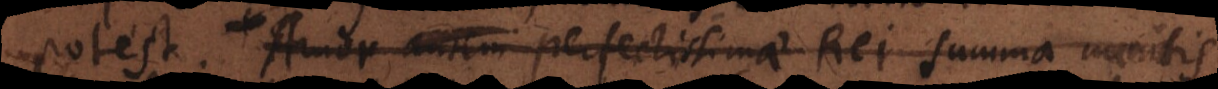
idem est) amor perfectissimae Rei summa mentis